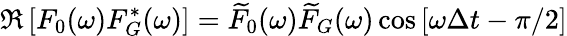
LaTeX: \Re\left[F_{0}(\omega)F_{G}^{*}(\omega)\right]=\widetilde{F}_{0}(\omega)\widetilde{F}_{G}(\omega)\cos\left[\omega\Delta t-\pi/2\right]